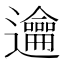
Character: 𨙄